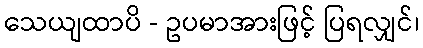
သေယျထာပိ - ဥပမာအားဖြင့် ပြရလျှင်၊